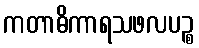
ကတာဓိကာရသဖလပဉ္စ